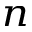
_ n